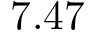
7 . 4 7